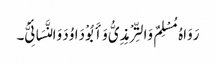
رَوَاہُ مُسْلِمٌ وَالتِّرْمِذِیُّ وَأَبُوْ دَاوُدَ وَالنَّسَائِیُّ۔